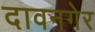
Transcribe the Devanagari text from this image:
दावनगेर